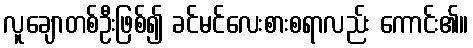
လူချောတစ်ဦးဖြစ်၍ ခင်မင်လေးစားစရာလည်း ကောင်း၏။